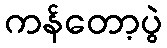
ကန်တော့ပွဲ